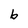
Character: b